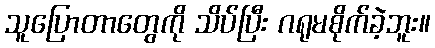
သူပြောတာတွေကို သိပ်ပြီး ဂရုမစိုက်ခဲ့ဘူး။